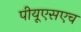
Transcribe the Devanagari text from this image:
पीयूएसएच